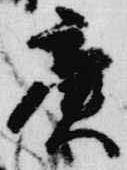
庚